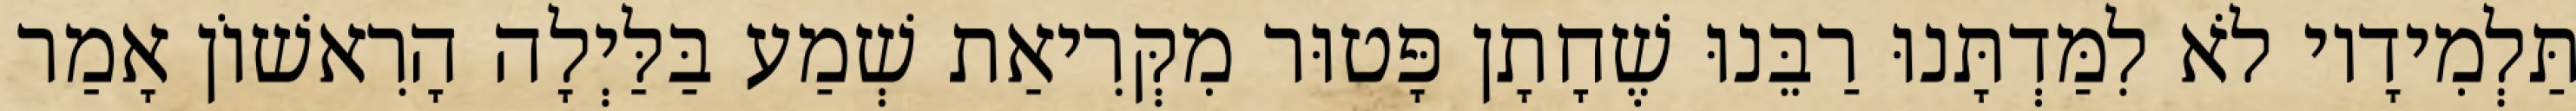
תַּלְמִידָיו לֹא לִמַּדְתָּנוּ רַבֵּנוּ שֶׁחָתָן פָּטוּר מִקְּרִיאַת שְׁמַע בַּלַּיְלָה הָרִאשׁוֹן אָמַר